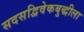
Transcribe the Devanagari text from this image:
सदसद्विवेकबुद्धीला